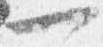
一